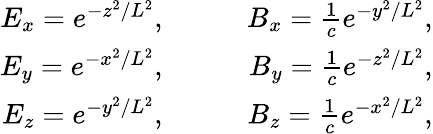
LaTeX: \begin{array}{rlr}{E_{x}=e^{-z^{2}/L^{2}},}&{\quad}&{B_{x}=\frac{1}{c}e^{-y^{2}/L^{2}},}\\ {E_{y}=e^{-x^{2}/L^{2}},}&{\quad}&{B_{y}=\frac{1}{c}e^{-z^{2}/L^{2}},}\\ {E_{z}=e^{-y^{2}/L^{2}},}&{\quad}&{B_{z}=\frac{1}{c}e^{-x^{2}/L^{2}},}\end{array}